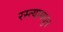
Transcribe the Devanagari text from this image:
रस्त्यामधुन